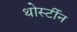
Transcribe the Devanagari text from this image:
थोर्स्टीन